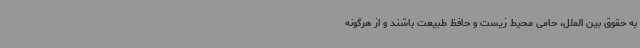
به حقوق بین الملل، حامی محیط زیست و حافظ طبیعت باشند و از هرگونه